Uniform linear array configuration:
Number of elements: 4
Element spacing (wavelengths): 1
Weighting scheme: cosine
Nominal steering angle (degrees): -30
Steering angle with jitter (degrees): -31.173
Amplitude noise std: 0.05
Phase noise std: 0.05

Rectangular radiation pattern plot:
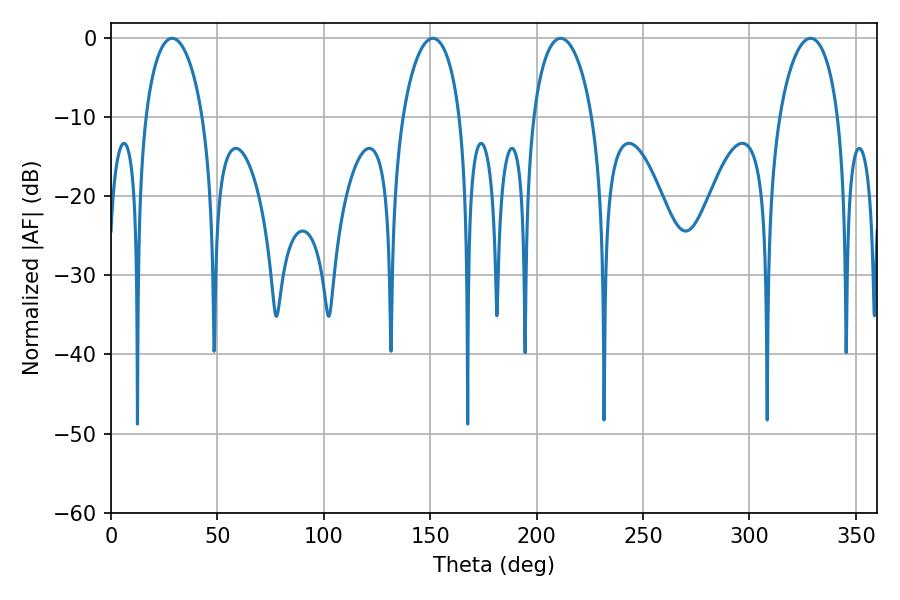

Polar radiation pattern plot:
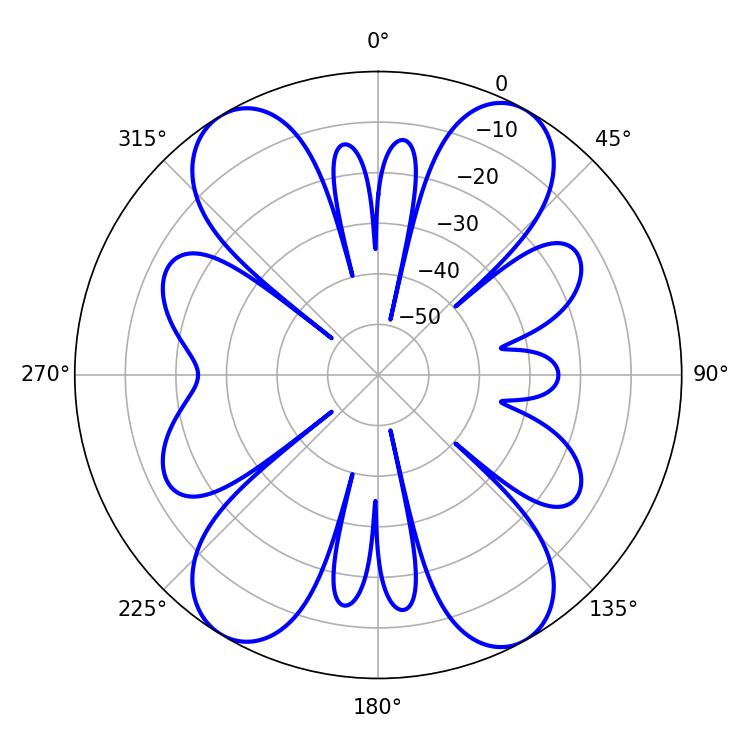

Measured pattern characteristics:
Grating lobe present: TRUE
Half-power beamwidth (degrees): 15.84
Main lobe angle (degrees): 211.32